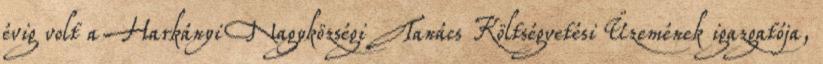
évig volt a Harkányi Nagyközségi Tanács Költségvetési Üzemének igazgatója,